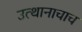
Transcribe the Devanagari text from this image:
उत्थानाचाच